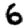
Digit: 6